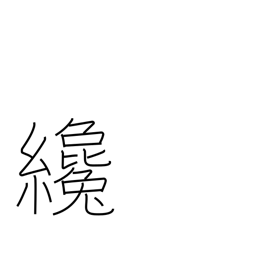
Meaning: a little